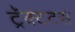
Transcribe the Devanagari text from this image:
ट्रॅक्टटस